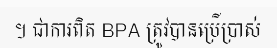
។ ជាការពិត BPA ត្រូវបានប្រើប្រាស់